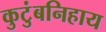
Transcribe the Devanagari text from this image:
कुटुंबनिहाय